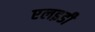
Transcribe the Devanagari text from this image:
एलइडी